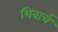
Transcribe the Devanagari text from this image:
शिवार्च